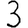
Digit: 3